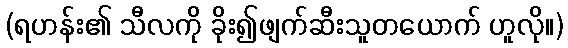
(ရဟန်း၏ သီလကို ခိုး၍ဖျက်ဆီးသူတယောက် ဟူလို။)